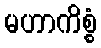
မဟာကိစ္စံ